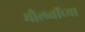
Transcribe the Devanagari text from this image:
मौलवींच्या